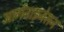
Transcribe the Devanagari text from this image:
आर्गनाइजेसन